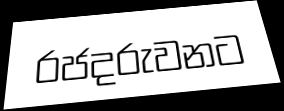
රජදරුවනට